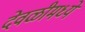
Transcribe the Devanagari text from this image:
देवळीमध्ये